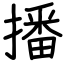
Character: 播